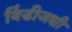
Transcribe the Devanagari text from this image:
विंडीजशी